Calcutta medical institutions reports 1879-81 [i.e.91]
Year: 1879
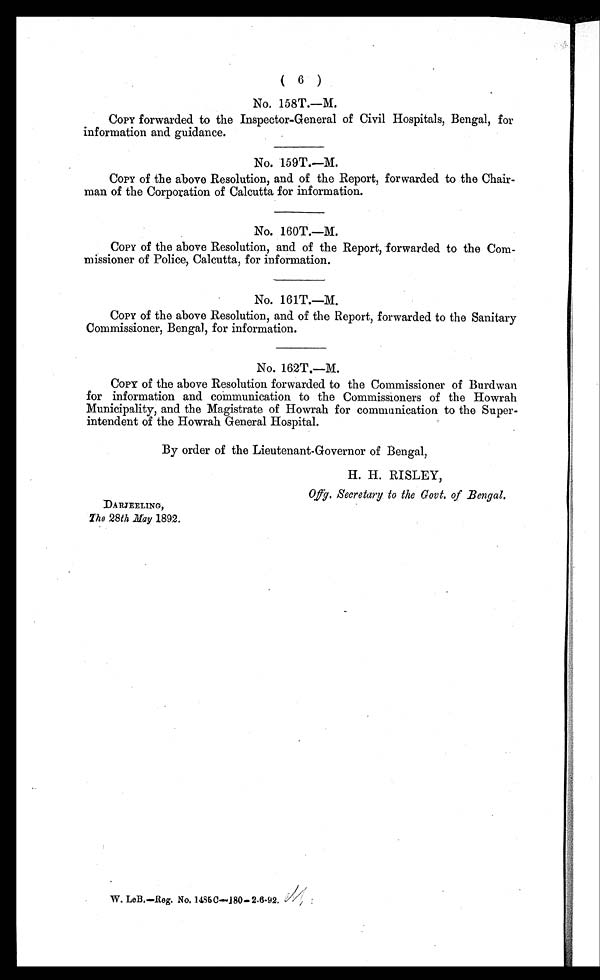
(
6
)
No. 158T.—M.
COPY forwarded to the Inspector-General of Civil Hospitals, Bengal, for
information and guidance.
No. 159T.—M.
COPY of the above Resolution, and of the Report, forwarded to the Chair
-man of the Corporation of Calcutta for information.
No. 160T.—M.
COPY of the above Resolution, and of the Report, forwarded to the Com
-missioner of Police, Calcutta, for information.
No. 161T.—M.
COPY of the above Resolution, and of the Report, forwarded to the Sanitary
Commissioner, Bengal, for information.
No. 162T.—M.
COPY of the above Resolution forwarded to the Commissioner of Burdwan
for information and communication to the Commissioners of the Howrah
Municipality, and the Magistrate of Howrah for communication to the Super
-intendent of the Howrah General Hospital.
By order of the Lieutenant-Governor of Bengal,
H. H. RISLEY,
Offg. Secretary to the Govt. of Bengal.
DARJEELING,
The 28th May 1892.
W. LeB.—Reg. No, 1485C—180—2.6-92. M